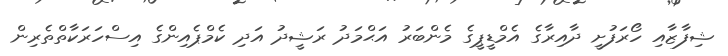
ޝިފާޒާއި ހޯރަފުށީ ދާއިރާގެ އެމްޑީޕީގެ މެންބަރު އަޙްމަދު ރަޝީދު އަދި ކެމްޕެއިންގެ އިސްހަރަކާތްތެރިން